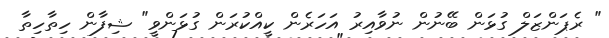
" ރެޕަންޒަލް ގުޅަން ބޭނުން ނުވާއިރު އަހަރެން ކީއްކުރަން ގުޅަންވީ" ޝިފާން ހިތާހިތާ